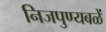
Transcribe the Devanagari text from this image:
निजपुण्यबळें